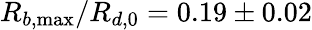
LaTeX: R_{b,\operatorname*{max}}/R_{d,0}=0.19\pm 0.02